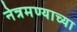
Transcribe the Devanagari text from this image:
नेत्रमण्याच्या